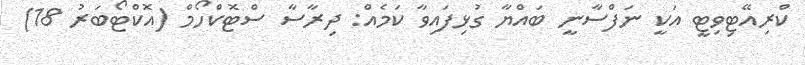
ކްރިއޭޓިވިޓީ އަކީ ނަފްސާނީ ބައްޔާ ގުޅިފައިވާ ކަމެއް: ދިރާސާ ސްޓޮކްހޯމް (އޮކްޓޯބަރު 18)